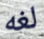
لغه